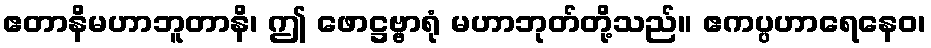
ဧတာနိမဟာဘူတာနိ၊ ဤ ဖောဋ္ဌဗ္ဗာရုံ မဟာဘုတ်တို့သည်။ ဧကပ္ပဟာရေနေဝ၊